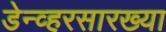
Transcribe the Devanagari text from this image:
डेन्व्हरसारख्या